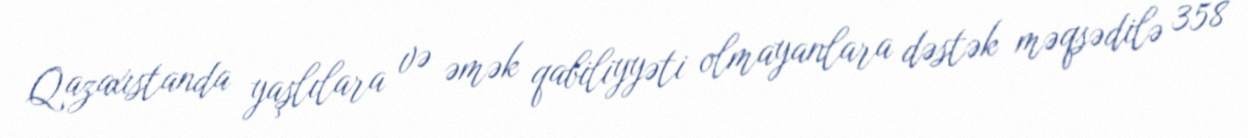
Qazaxıstanda yaşlılara və əmək qabiliyyəti olmayanlara dəstək məqsədilə 358